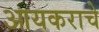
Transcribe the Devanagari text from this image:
आयकराचे